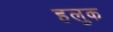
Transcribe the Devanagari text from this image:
हलुक